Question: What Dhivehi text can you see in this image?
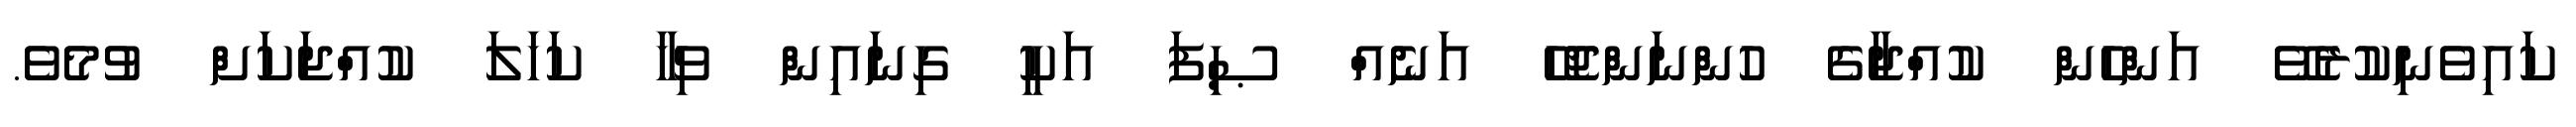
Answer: ކައިވެނިކުރެވޭ އަންހެން ކުއްޖާގެ ހުންނަންޖެހޭ އަނެއް ޞިފަ އަކީ ގިނައިން ވިހާ ކަހަލަ ކުއްޖަކަށް ވުމެވެ.